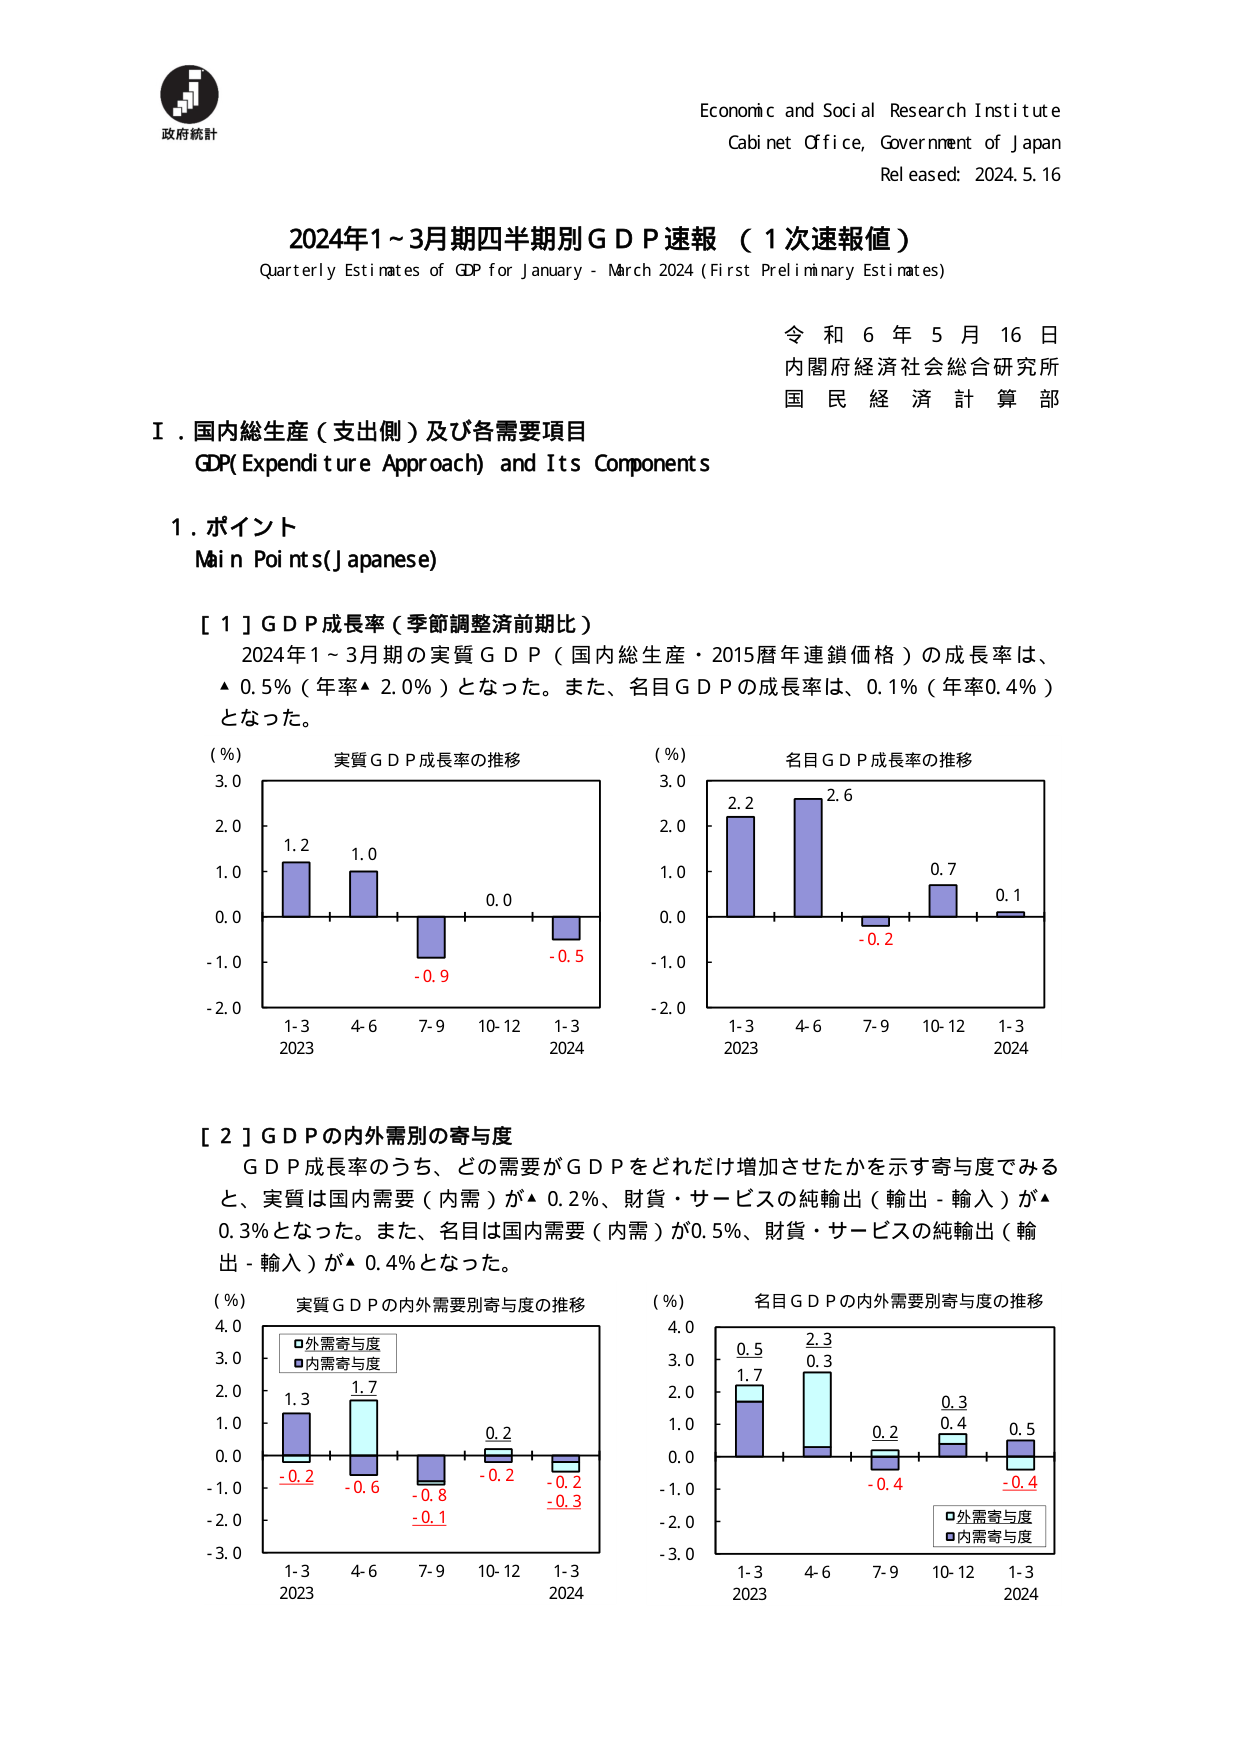
政府統計
Economic and Social Research Institute
Cabinet Office, Government of Japan
Released: 2024.5.16

2024年1～3月期四半期別GDP速報（1次速報値）
Quarterly Estimates of GDP for January - March 2024 (First Preliminary Estimates)

令和6年5月16日
内閣府経済社会総合研究所
国民経済計算部

Ⅰ．国内総生産（支出側）及び各需要項目
GDP(Expenditure Approach) and Its Components

1．ポイント
Main Points(Japanese)

[1] GDP成長率（季節調整前期比）
2024年1～3月期の実質GDP（国内総生産・2015暦年連鎖価格）の成長率は、
▲0.5%（年率▲2.0%）となった。また、名目GDPの成長率は、0.1%（年率0.4%）
となった。

(%)
実質GDP成長率の推移
3.0
2.0
1.0
0.0
-1.0
-2.0
1.2
1.0
-0.9
0.0
-0.5
1-3
4-6
7-9
10-12
1-3
2023
2024

(%)
名目GDP成長率の推移
3.0
2.0
1.0
0.0
-1.0
-2.0
2.2
2.6
-0.2
0.7
0.1
1-3
4-6
7-9
10-12
1-3
2023
2024

[2] GDPの内外需要別の寄与度
GDP成長率のうち、どの需要がGDPをどれだけ増加させたかを示す寄与度でみると、
実質は国内需要（内需）が▲0.2%、財貨・サービスの純輸出（輸出－輸入）が▲0.3%となった。
また、名目は国内需要（内需）が0.5%、財貨・サービスの純輸出（輸出－輸入）が▲0.4%となった。

(%)
実質GDPの内外需要別寄与度の推移
4.0
3.0
2.0
1.0
0.0
-1.0
-2.0
-3.0
1.3
1.7
-0.2
-0.6
-0.8
-0.1
0.2
-0.2
-0.3
1-3
4-6
7-9
10-12
1-3
2023
2024
□外需寄与度
■内需寄与度

(%)
名目GDPの内外需要別寄与度の推移
4.0
3.0
2.0
1.0
0.0
-1.0
-2.0
-3.0
0.5
1.7
2.3
0.3
0.2
-0.4
0.3
0.4
0.5
-0.4
1-3
4-6
7-9
10-12
1-3
2023
2024
□外需寄与度
■内需寄与度